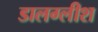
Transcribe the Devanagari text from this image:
डालग्लीश